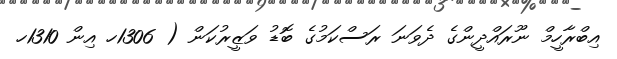
އިބްރާހީމް ނޫރައްދީންގެ ދެވަނަ ރަސްކަމުގެ ބޮޑު ވަޒީރުކަން ( 1306ހ އިން 1310ހ